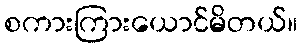
စကားကြားယောင်မိတယ်။